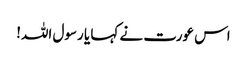
اس عورت نے کہا یا رسول اللہ!